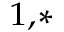
^ { 1 , * }